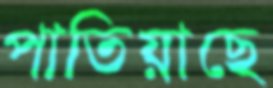
পাতিয়াছে